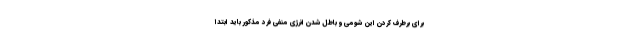
برای برطرف کردن این شومی و باطل شدن انرژی منفی فرد مذکور باید ابتدا